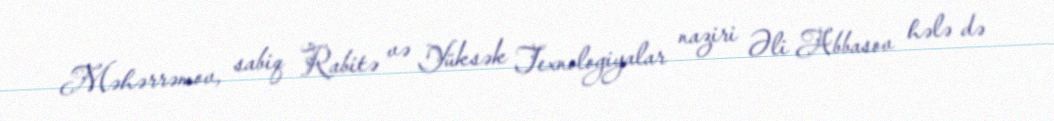
Məhərrəmov, sabiq Rabitə və Yüksək Texnologiyalar naziri Əli Abbasov hələ də